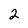
Character: 2